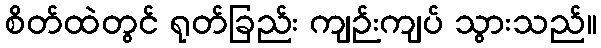
စိတ်ထဲတွင် ရုတ်ခြည်း ကျဉ်းကျပ် သွားသည်။